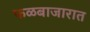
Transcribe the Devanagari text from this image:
फळबाजारात